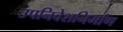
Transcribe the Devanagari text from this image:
उपनिवेशनिर्माण